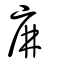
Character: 庰